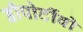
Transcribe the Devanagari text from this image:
डीपोर्टीवो